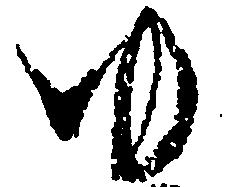
ゆ